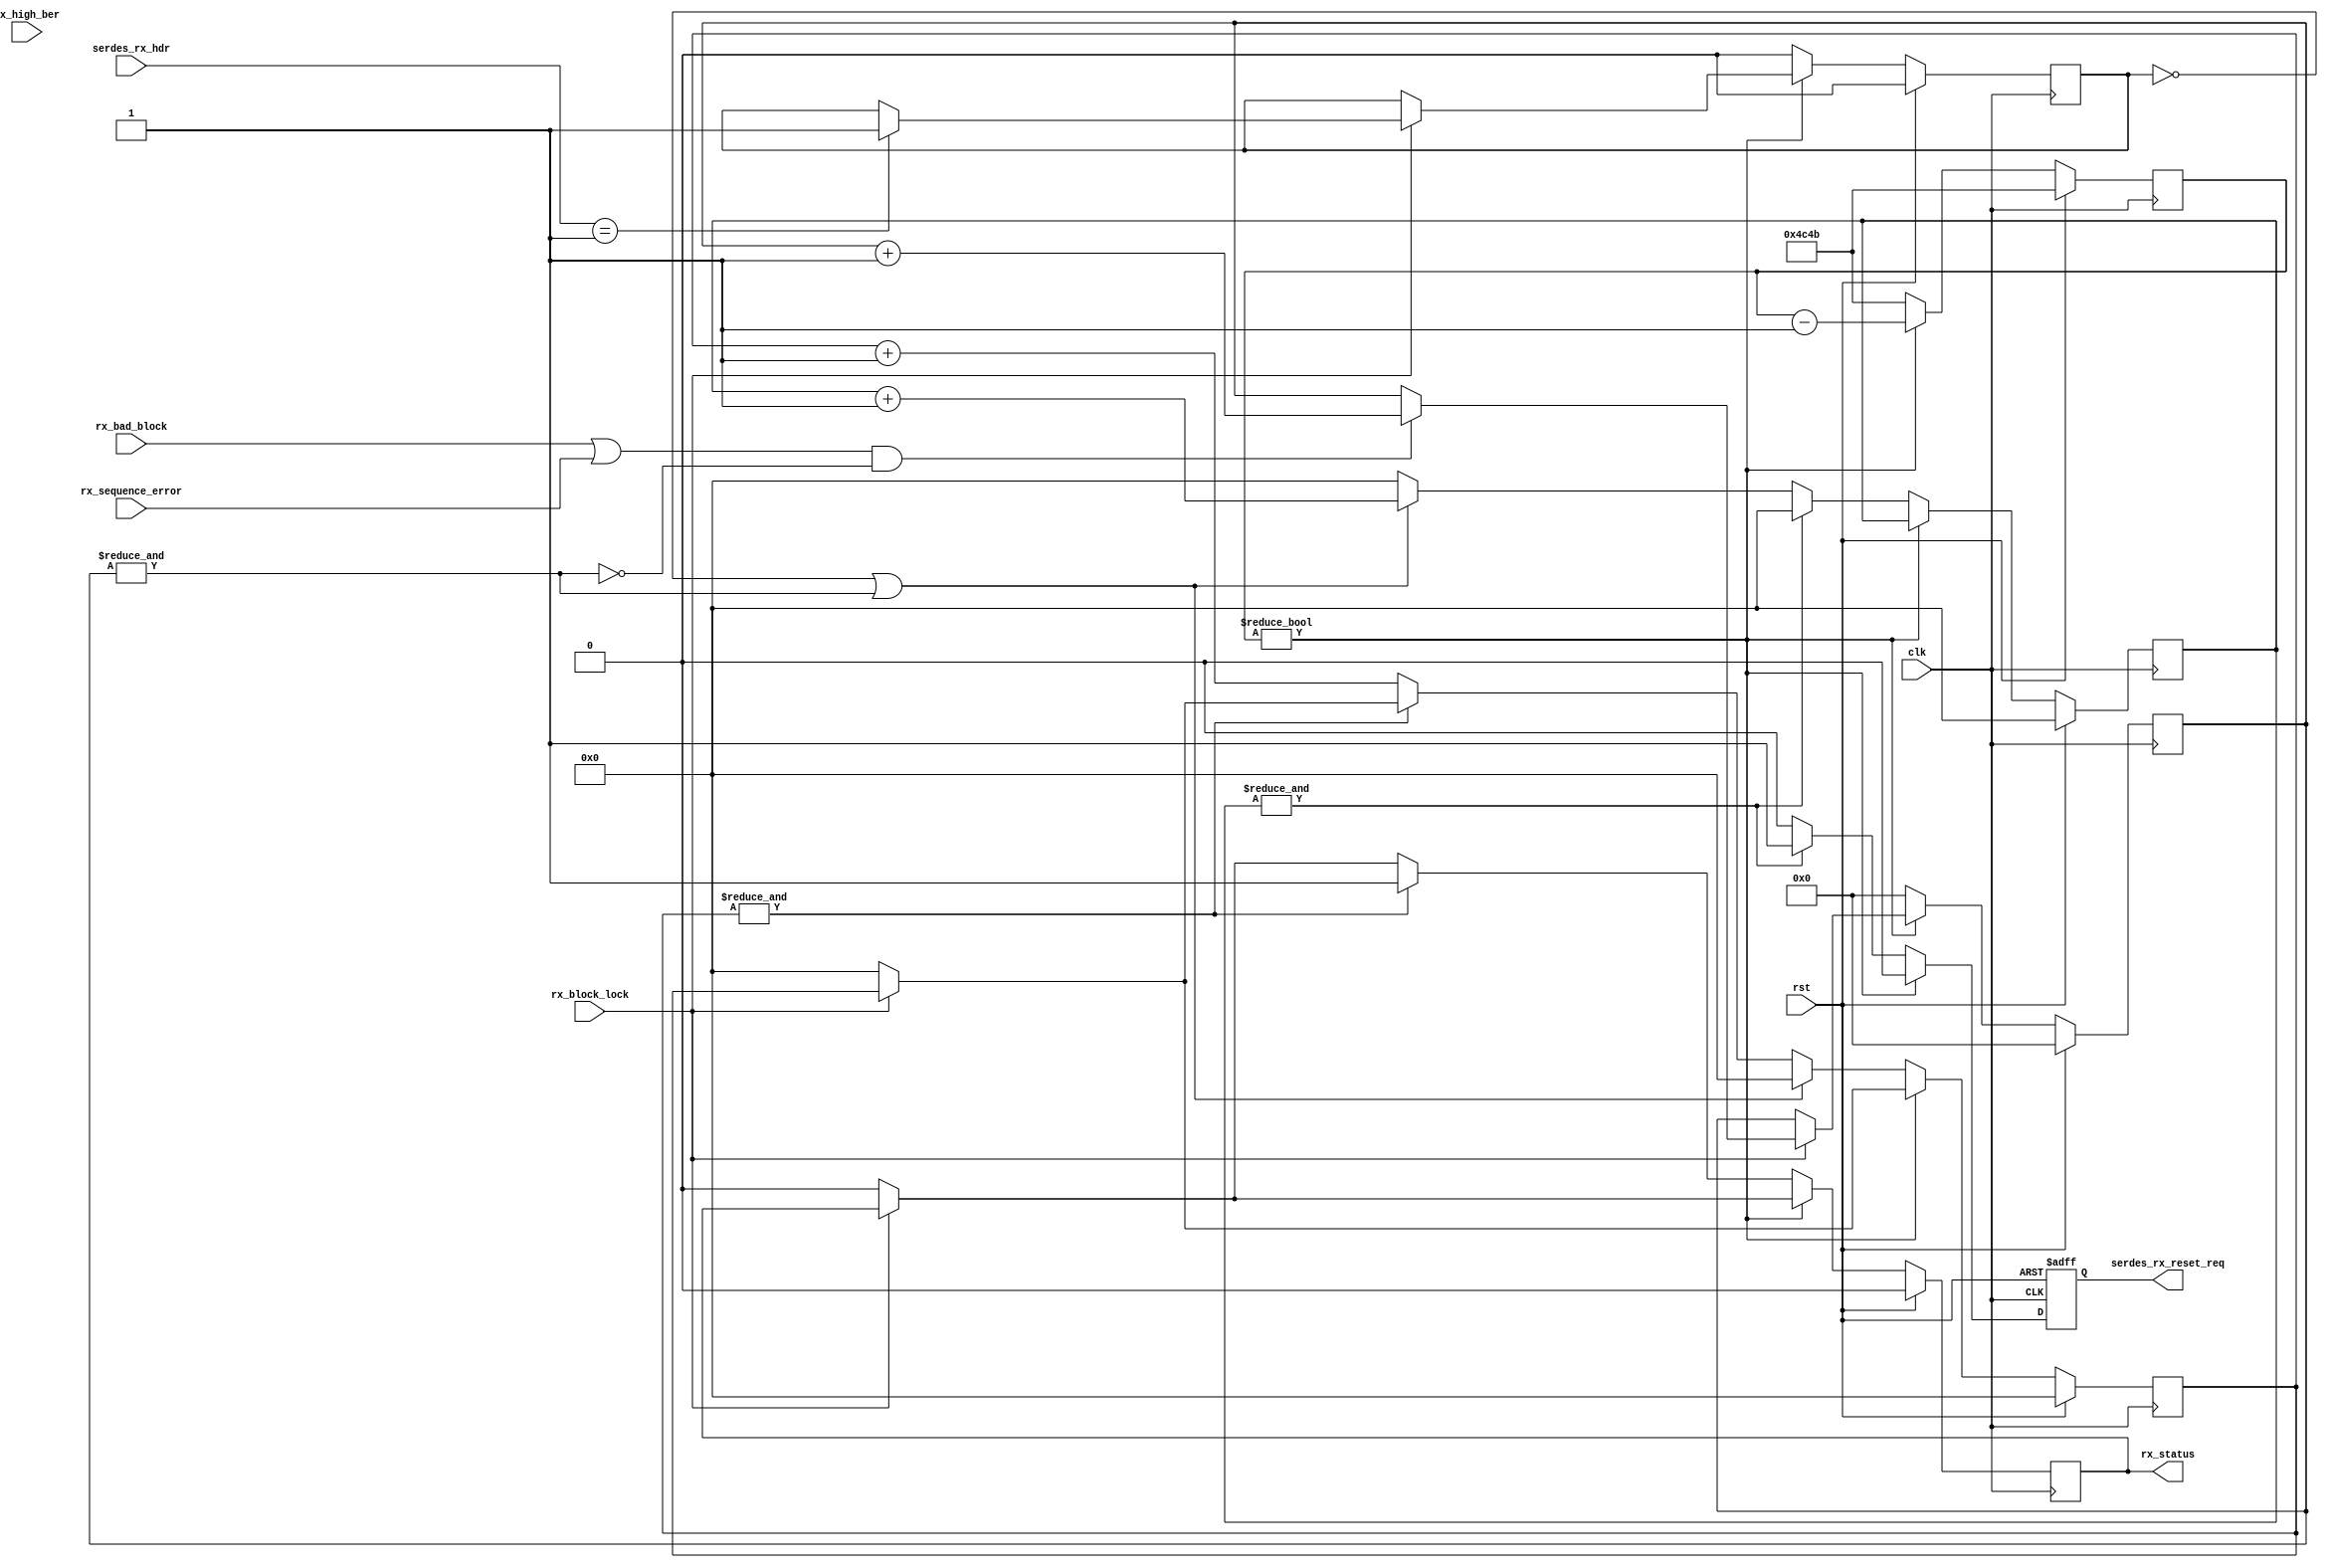
// Language: Verilog 2001

`resetall
`timescale 1ns / 1ps
`default_nettype none

/*
 * 10G Ethernet PHY serdes watchdog
 */
module eth_phy_10g_rx_watchdog #
(
    parameter HDR_WIDTH = 2,		// ancho de header
    parameter COUNT_125US = 125000/6.4	// contador de 125 us
)
(
    input  wire                  clk,	// entrada de clock
    input  wire                  rst,	// seal de reinicio

    /*
     * SERDES interface
     */
    input  wire [HDR_WIDTH-1:0]  serdes_rx_hdr,		// header recibido desde SERDES
    output wire                  serdes_rx_reset_req,	// salida de solicitud de reinicio para SERDES

    /*
     * Monitor inputs
     */
    input  wire                  rx_bad_block,		// indicador de error en el bloque recibido
    input  wire                  rx_sequence_error,	// indicador de error en la secuencia recibida
    input  wire                  rx_block_lock,		// indicador de si el bloque est bloqueado
    input  wire                  rx_high_ber,		// indicador de si la tasa de error de bit es alta

    /*
     * Status
     */
    output wire                  rx_status		// salida de estado general de la recepcin
);

// bus width assertions
initial begin
    if (HDR_WIDTH != 2) begin
        $error("Error: HDR_WIDTH must be 2");
        $finish;
    end
end

parameter COUNT_WIDTH = $clog2($rtoi(COUNT_125US));	// determina la cantidad de bits necesarios para representar COUNT_125US

localparam [1:0]		// encabezados de sincronizacion de datos y control
    SYNC_DATA = 2'b10,		
    SYNC_CTRL = 2'b01;

reg [COUNT_WIDTH-1:0] time_count_reg = 0, time_count_next;	// registro de contador de tiempo, se inicializa en COUNT_125US. time_count_next es el prximo valor que va a tomar time_count_reg
reg [3:0] error_count_reg = 0, error_count_next;		// registro de contador de error, se inicializa en 0. error_count_next es el prximo valor que va a tomar error_count_reg
reg [3:0] status_count_reg = 0, status_count_next;		// registro de contador de estado, se inicializa en 0. status_count_next es el prximo valor que va a tomar status_count_reg

reg saw_ctrl_sh_reg = 1'b0, saw_ctrl_sh_next;			// indicador de control, se inicializa en 0
reg [9:0] block_error_count_reg = 0, block_error_count_next;	// contador de errores de bloque

reg serdes_rx_reset_req_reg = 1'b0, serdes_rx_reset_req_next;	// indicador de solicitud de reinicio, se inicializa en 0

reg rx_status_reg = 1'b0, rx_status_next;			// indicador del estado de la recepcion, se inicializa en 0

assign serdes_rx_reset_req = serdes_rx_reset_req_reg;		// la salida serdes_rx_reset_req se asigna al valor del registro serdes_rx_reset_req_reg

assign rx_status = rx_status_reg;				// la salida rx_status se asigna al valor del registro rx_status_reg

always @* begin
    error_count_next = error_count_reg;			// los registros actuales toman los valores de los registros siguientes
    status_count_next = status_count_reg;

    saw_ctrl_sh_next = saw_ctrl_sh_reg;
    block_error_count_next = block_error_count_reg;

    serdes_rx_reset_req_next = 1'b0;	// la solicitud de reset se pone en 0

    rx_status_next = rx_status_reg;

    if (rx_block_lock) begin			// si el bloque est bloqueado
        if (serdes_rx_hdr == SYNC_CTRL) begin	// si el header es de control
            saw_ctrl_sh_next = 1'b1;		// se establece en 1 el indicador de control
        end
        if ((rx_bad_block || rx_sequence_error) && !(&block_error_count_reg)) begin	// hay un error de bloque o secuencia y no hay overflow en el contador de errores de bloque
            block_error_count_next = block_error_count_reg + 1;				// se incrementa en uno el contador de error de bloque
        end
    end else begin			// si el bloque no est bloqueado
        rx_status_next = 1'b0;		// el estado del receptor se pone en 0
        status_count_next = 0;		// el contador de estado se reinicia
    end

    if (time_count_reg != 0) begin		// si la cuenta no termin
        time_count_next = time_count_reg-1;	// se decrementa en uno la cuenta
    end else begin				// si la cuenta termin
        time_count_next = COUNT_125US;		// el contador se reinicia

        if (!saw_ctrl_sh_reg || &block_error_count_reg) begin	// si no se vio un encabezado de control o hay un overflow de cuenta de error de bloque
            error_count_next = error_count_reg + 1;		// se incrementa en uno el contador de error
            status_count_next = 0;				// se reinicia el contador de estado
        end else begin						//sino
            error_count_next = 0;				// se reinicia el contador de error
            if (!(&status_count_reg)) begin			// si no hay overflow del contador de estado
                status_count_next = status_count_reg + 1;	// se incrementa en uno el contador de estado
            end
        end

        if (&error_count_reg) begin		// si hay overflow del contador de error
            error_count_next = 0;		// se reinicia el contador de error
            serdes_rx_reset_req_next = 1'b1;	// se pone en 1 el indicador de solicitud de reset
        end

        if (&status_count_reg) begin		// si hay overflow del estado de contador
            rx_status_next = 1'b1;		// se pone en 1 el estado del receptor
        end

        saw_ctrl_sh_next = 1'b0;		// se reinicia el indicador de control
        block_error_count_next = 0;		// se reinicia el contador de error de bloque
    end
end

always @(posedge clk) begin			// en cada flanco positivo de clock se actualizan los valores de los registros y se verifica la seal de reinicio
    time_count_reg <= time_count_next;
    error_count_reg <= error_count_next;
    status_count_reg <= status_count_next;
    saw_ctrl_sh_reg <= saw_ctrl_sh_next;
    block_error_count_reg <= block_error_count_next;
    rx_status_reg <= rx_status_next;

    if (rst) begin
        time_count_reg <= COUNT_125US;
        error_count_reg <= 0;
        status_count_reg <= 0;
        saw_ctrl_sh_reg <= 1'b0;
        block_error_count_reg <= 0;
        rx_status_reg <= 1'b0;
    end
end

always @(posedge clk or posedge rst) begin	// en cada flanco positivo de clock o seal de reinicio
    if (rst) begin				// si la seal de reinicio es 1
        serdes_rx_reset_req_reg <= 1'b0;	// se reinicia la solicitud de reinicio para SERDES
    end else begin				// sino
        serdes_rx_reset_req_reg <= serdes_rx_reset_req_next;	// el registro actual toma el valor del siguiente
    end
end

endmodule

`resetall